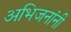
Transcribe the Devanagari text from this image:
अभिजनांनी